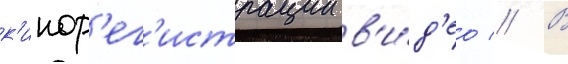
к'инор'ег'истрации в'и́д'ео // В